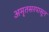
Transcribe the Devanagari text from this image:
अमृतसरपासून